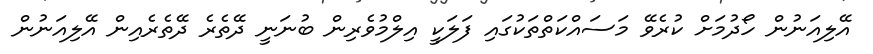
އޭލިއަނުން ހޯދުމަށް ކުރެވޭ މަސައްކަތްތަކުގައި ފަލަކީ އިލްމުވެރިން ބުނަނީ ދޭތެރެ ދޭތެރެއިން އޭލިއަނުން